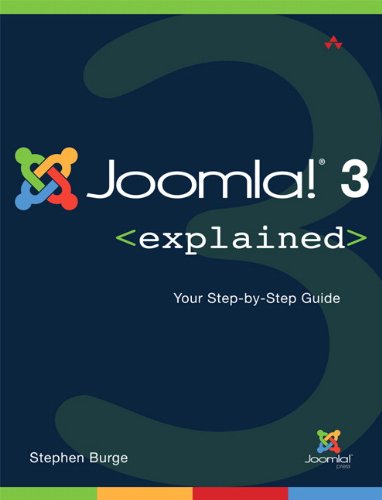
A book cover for Joomla!Â® 3 Explained: Your Step-by-Step Guide (2nd Edition) (Joomla! Press); Stephen Burge; Computers & Technology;